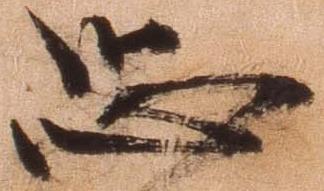
恐